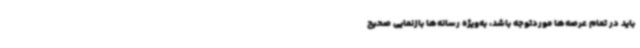
باید در تمام عرصه‌ها موردتوجه باشد، به‌ویژه رسانه‌ها بازنمایی صحیح